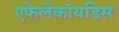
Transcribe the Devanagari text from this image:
एफेलेंकॉयडिस